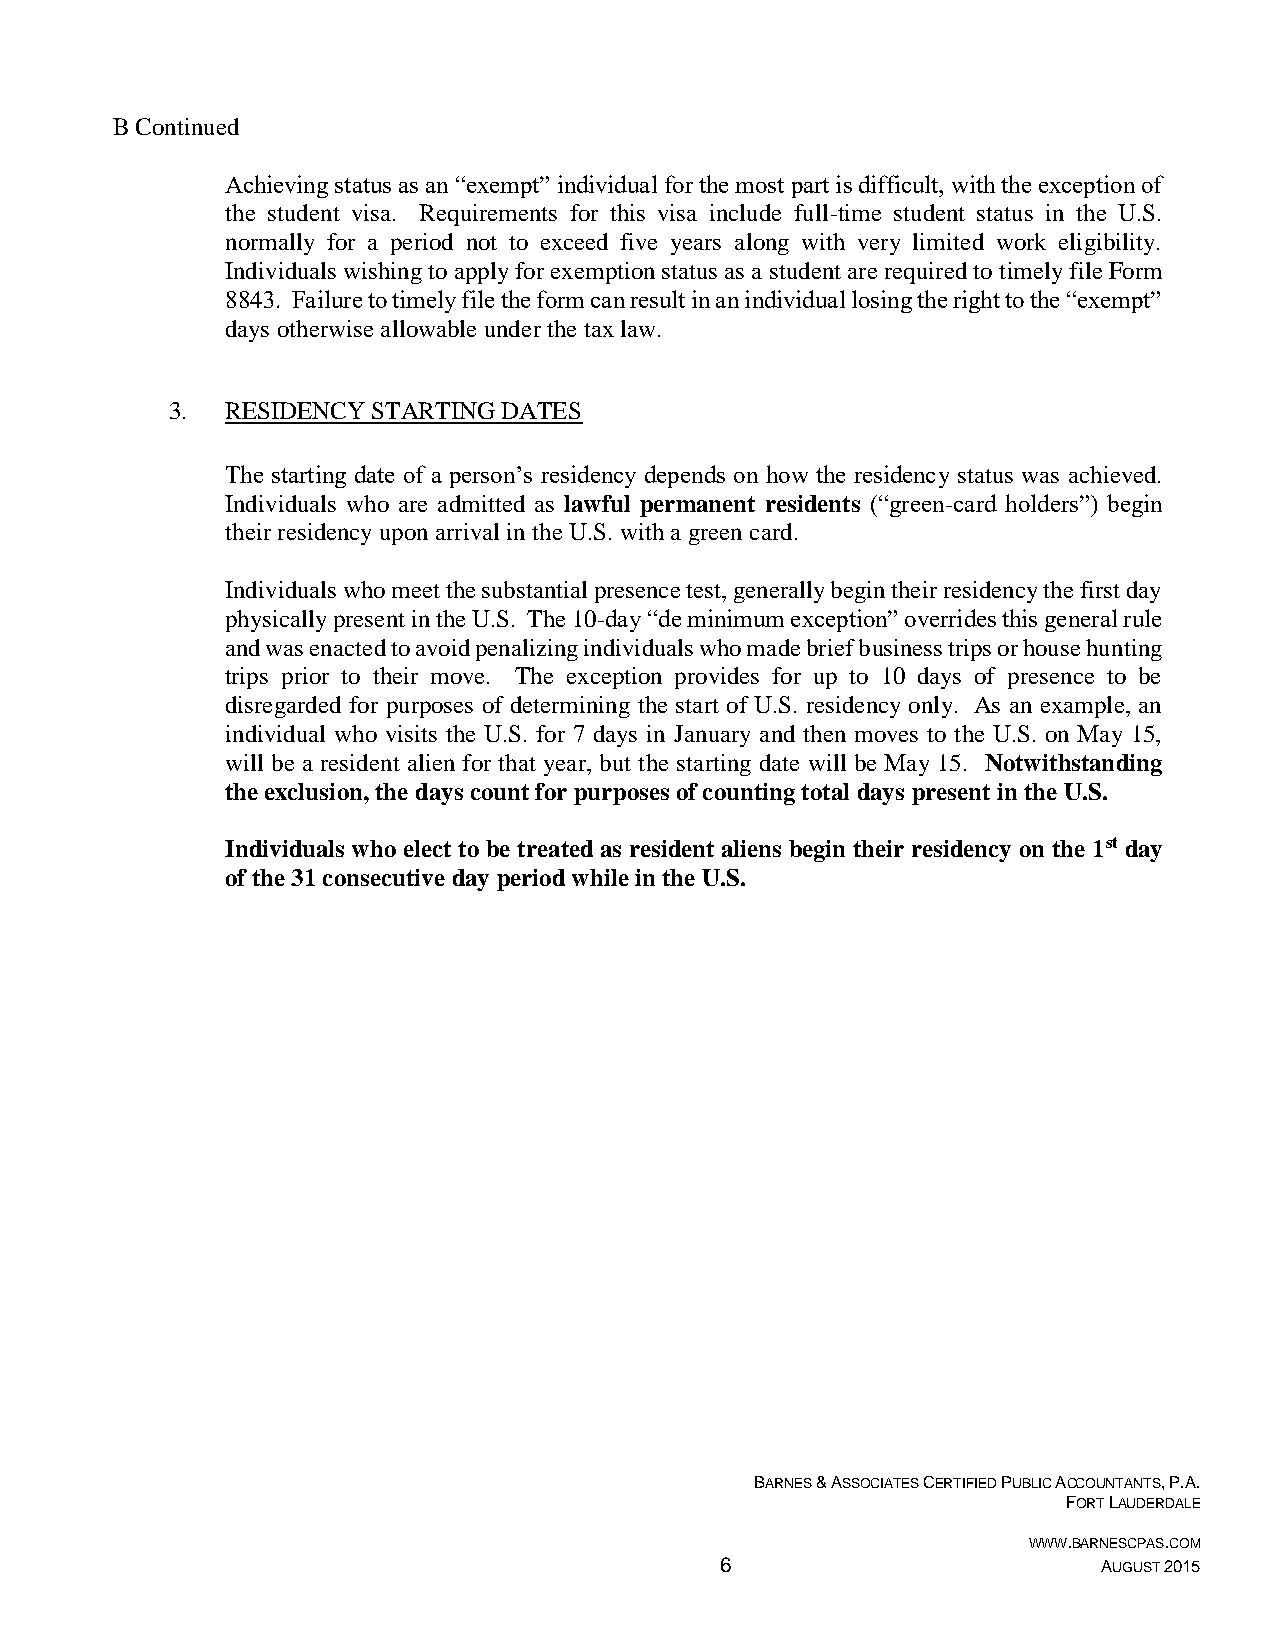
B Continued
 Achieving status as an “exempt” individual for the most part is difficult, with the exception of
 the student visa. Requirements for this visa include full-time student status in the U.S.
 normally for a period not to exceed five years along with very limited work eligibility.
 Individuals wishing to apply for exemption status as a student are required to timely file Form
 8843. Failure to timely file the form can result in an individual losing the right to the “exempt”
 days otherwise allowable under the tax law.
 3.  RESIDENCY STARTING DATES
 The starting date of a person’s residency depends on how the residency status was achieved.
 Individuals who are admitted as lawful permanent residents (“green-card holders”) begin
 their residency upon arrival in the U.S. with a green card.
 Individuals who meet the substantial presence test, generally begin their residency the first day
 physically present in the U.S. The 10-day “de minimum exception” overrides this general rule
 and was enacted to avoid penalizing individuals who made brief business trips or house hunting
 trips prior to their move. The exception provides for up to 10 days of presence to be
 disregarded for purposes of determining the start of U.S. residency only. As an example, an
 individual who visits the U.S. for 7 days in January and then moves to the U.S. on May 15,
 will be a resident alien for that year, but the starting date will be May 15. Notwithstanding
 the exclusion, the days count for purposes of counting total days present in the U.S.
 Individuals who elect to be treated as resident aliens begin their residency on the 1st day
 of the 31 consecutive day period while in the U.S.
 BARNES & ASSOCIATES CERTIFIED PUBLIC ACCOUNTANTS, P.A.
 FORT LAUDERDALE
 WWW.BARNESCPAS.COM
 6                        AUGUST 2015